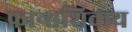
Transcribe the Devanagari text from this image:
फ्रान्सशिवाय